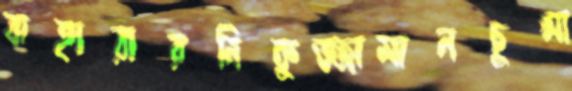
বাহারারনিকুজ্জামানচুপ্‌সা